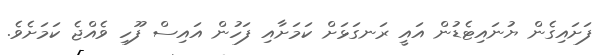
ފަށައިގެން ޔުނައިޓެޑުން އައީ ރަނގަޅަށް ކަމަށާއި ފަހުން އައިސް ފޫހި ވެއްޖެ ކަމަށެވެ.